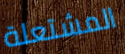
المشتعلة